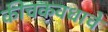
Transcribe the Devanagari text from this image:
कीचकवधाचे